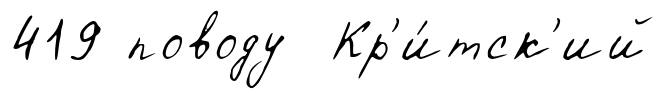
419 поводу Кр'и́тск'ий